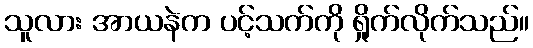
သူလား အာယနဲက ပင့်သက်ကို ရှိုက်လိုက်သည်။